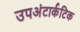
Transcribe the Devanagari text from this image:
उपअंटार्कटिक